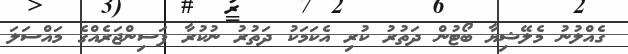
ގެއްލުނު މެލޭޝިޔާ ބޯޓުން ދަތުރު ކުރި އެކަމަކު ދަތުރު ނުކުރާ ފަސިންޖަރެއްގެ މައްސަލަ